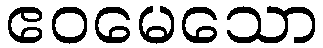
ဧဝမေသော